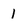
Character: 1